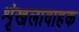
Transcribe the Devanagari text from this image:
शृंखलावाहक